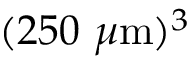
( 2 5 0 ~ \mu \mathrm { m } ) ^ { 3 }